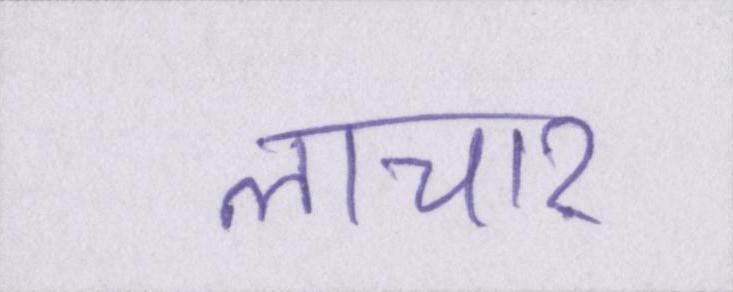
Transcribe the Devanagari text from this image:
लाचार